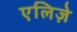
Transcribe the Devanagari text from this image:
एलिज़े